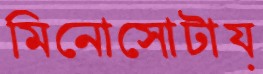
মিনোসোটায়